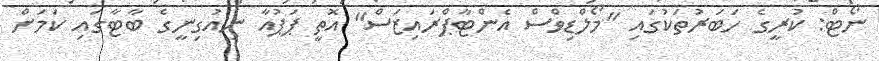
ނޯޓް: ކުރީގެ ހަބަރުތަކުގައި "މޯލްޑިވްސް އެންޓާޕްރައިޒަސް" އޮތީ ޕަޕުއާ ނިއުގިނީގެ ބާޓާގައި ކަމަށް